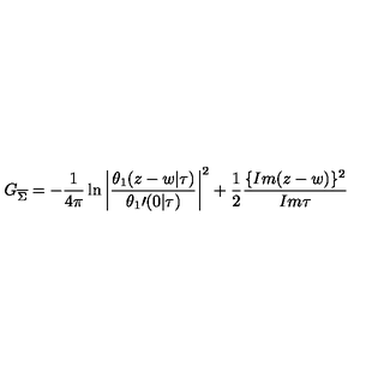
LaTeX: G _ { \overline { \Sigma } } = - \frac { 1 } { 4 \pi } \ln \left| \frac { \theta _ { 1 } ( z - w | \tau ) } { { \theta _ { 1 } } \prime ( 0 | \tau ) } \right| ^ { 2 } + \frac { 1 } { 2 } \frac { \{ I m ( z - w ) \} ^ { 2 } } { I m \tau }